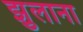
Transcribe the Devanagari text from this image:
झुलाना